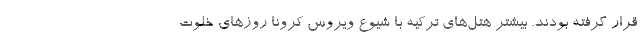
قرار گرفته بودند. بیشتر هتل‌های ترکیه با شیوع ویروس کرونا روزهای خلوت